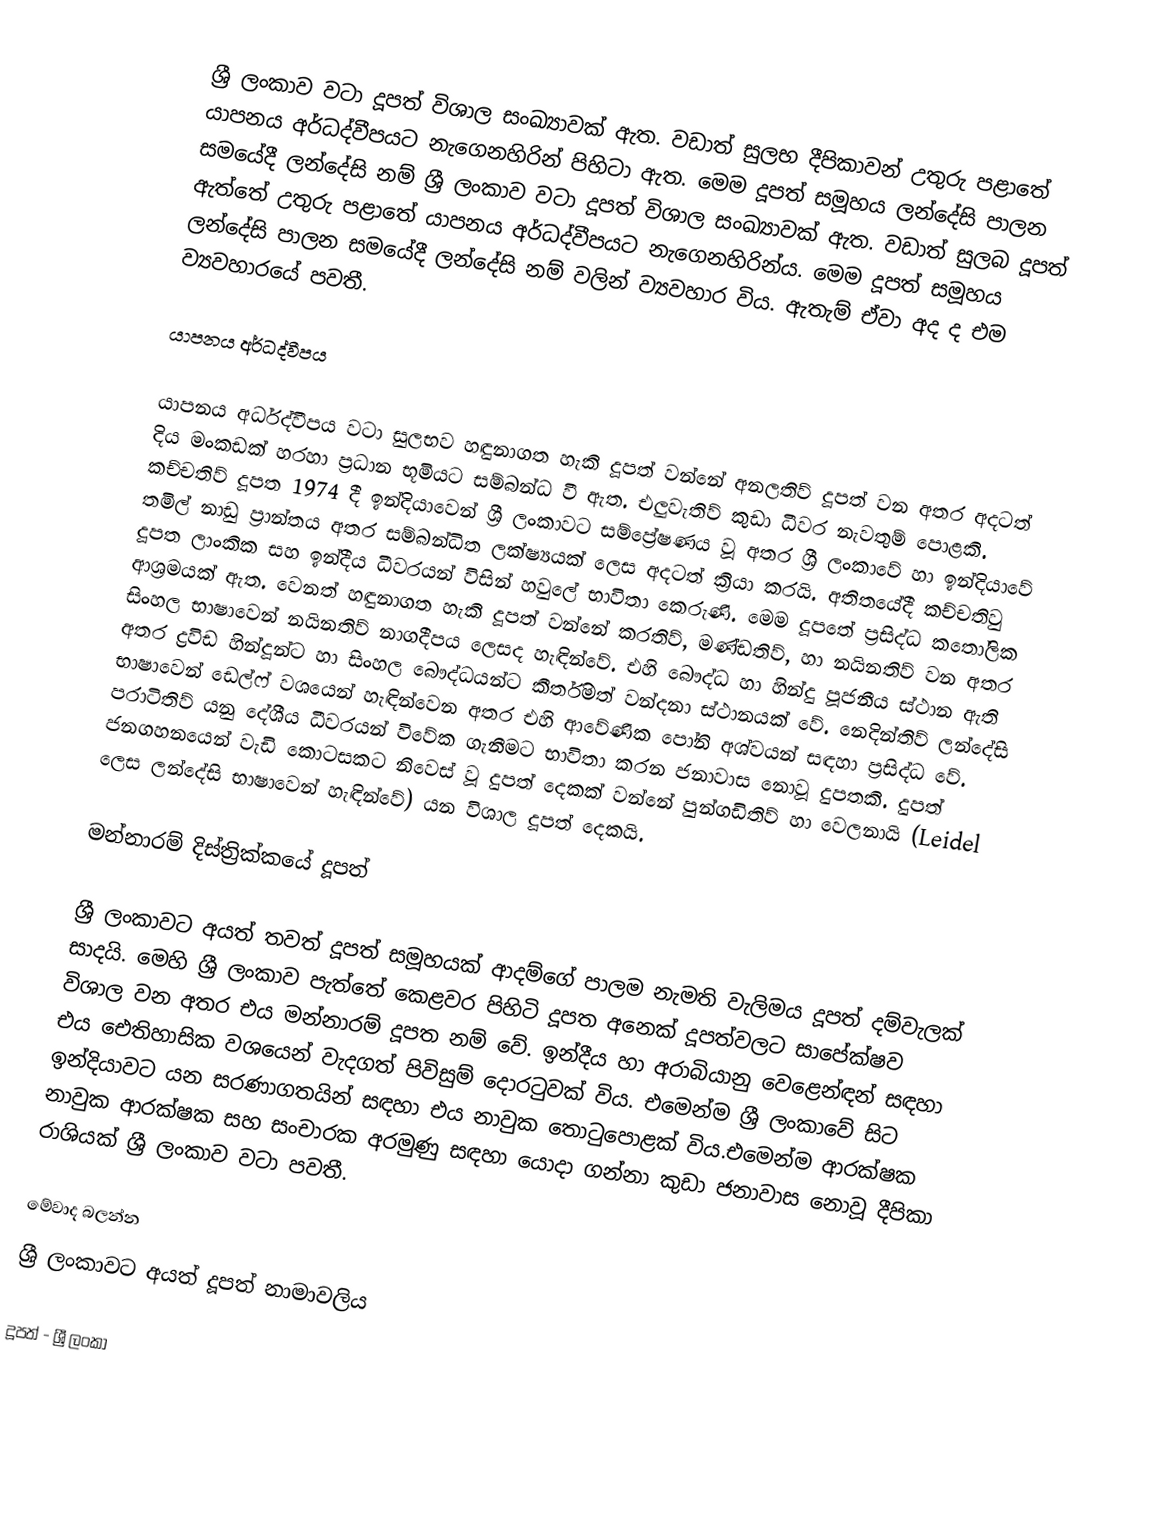
ශ්‍රී ලංකාව වටා දූපත් විශාල සංඛ්‍යාවක් ඇත. වඩාත් සුලභ දීපිකාවන් උතුරු පළාතේ යාපනය අර්ධද්වීපයට නැගෙනහිරින් පිහිටා ඇත. මෙම දූපත් සමූහය ලන්දේසි පාලන සමයේදී ලන්දේසි නම් ශ්‍රී ලංකාව වටා දූපත් විශාල සංඛ්‍යාවක් ඇත. වඩාත් සුලබ දූපත් ඇත්තේ උතුරු පළාතේ යාපනය අර්ධද්වීපයට නැගෙනහිරින්ය. මෙම දූපත් සමූහය ලන්දේසි පාලන සමයේදී ලන්දේසි නම් වලින් ව්‍යවහාර විය. ඇතැම් ඒවා අද ද එම ව්‍යවහාරයේ පවතී.

යාපනය අර්ධද්වීපය

යාපනය අර්ධද්වීපය වටා සුලභව හඳුනාගත හැකි දූපත් වන්නේ අනලතිව් දූපත් වන අතර අදටත් දිය මංකඩක් හරහා ප්‍රධාන භූමියට සම්බන්ධ වී ඇත. එලුවැතිව් කුඩා ධීවර නැවතුම් පොළකි. කච්චතිව් දූපත 1974 දී ඉන්දියාවෙන් ශ්‍රී ලංකාවට සම්ප්‍රේෂණය වූ අතර ශ්‍රී ලංකාවේ හා ඉන්දියාවේ තමිල් නාඩු ප්‍රාන්තය අතර සම්බන්ධිත ලක්ෂ්‍යයක් ලෙස අදටත් ක්‍රියා කරයි. අතිතයේදී කච්චතිවු දූපත ලාංකික සහ ඉන්දීය ධීවරයන් විසින් හවුලේ භාවිතා කෙරුණි. මෙම දූපතේ ප්‍රසිද්ධ කතෝලික ආශ්‍රමයක් ඇත. වෙනත් හඳුනාගත හැකි දූපත් වන්නේ කරතිව්, මණ්ඩතිව්, හා නයිනතිව් වන අතර සිංහල භාෂාවෙන් නයිනතිව් නාගදීපය ලෙසද හැඳින්වේ. එහි බෞද්ධ හා හින්දු පූජනීය ස්ථාන ඇති අතර ද්‍රවිඩ හින්දූන්ට හා සිංහල බෞද්ධයන්ට කීර්තිමත් වන්දනා ස්ථානයක් වේ. නෙදින්තිව් ලන්දේසි භාෂාවෙන් ඩෙල්ෆ් වශයෙන් හැඳින්වෙන අතර එහි ආවේණික පෝනි අශ්වයන් සඳහා ප්‍රසිද්ධ වේ. පරාටිතිව් යනු දේශීය ධීවරයන් විවේක ගැනීමට භාවිතා කරන ජනාවාස නොවූ දුපතකි. දුපත් ජනගහනයෙන් වැඩි කොටසකට නිවෙස් වූ දුපත් දෙකක් වන්නේ පුන්ගඩිතිව් හා වෙලනායි (Leidel ලෙස ලන්දේසි භාෂාවෙන් හැඳින්වේ) යන විශාල දූපත් දෙකයි.

මන්නාරම් දිස්ත්‍රික්කයේ දූපත්

ශ්‍රී ලංකාවට අයත් තවත් දූපත් සමූහයක් ආදම්ගේ පාලම නැමති වැලිමය දූපත් දම්වැලක් සාදයි. මෙහි ශ්‍රී ලංකාව පැත්තේ කෙළවර පිහිටි දූපත අනෙක් දූපත්වලට සාපේක්ෂව විශාල වන අතර එය මන්නාරම් දූපත නම් වේ. ඉන්දීය හා අරාබියානු වෙළෙන්ඳන් සඳහා එය ඓතිහාසික වශයෙන් වැදගත් පිවිසුම් දොරටුවක් විය. එමෙන්ම ශ්‍රී ලංකාවේ සිට ඉන්දියාවට යන සරණාගතයින් සඳහා එය නාවුක තොටුපොළක් විය.එමෙන්ම ආරක්ෂක නාවුක ආරක්ෂක සහ සංචාරක අරමුණු සඳහා යොදා ගන්නා කුඩා ජනාවාස නොවූ දීපිකා රාශියක් ශ්‍රී ලංකාව වටා පවතී.

මේවාද බලන්න
 ශ්‍රී ලංකාවට අයත් දූපත් නාමාවලිය

දූපත් - ශ්‍රී ලංකා